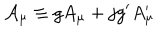
{ \cal A } _ { \mu } \equiv g A _ { \mu } + j g ^ { \prime } A _ { \mu } ^ { \prime }